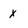
Character: x